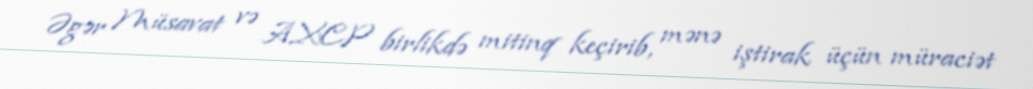
Əgər Müsavat və AXCP birlikdə mitinq keçirib, mənə iştirak üçün müraciət